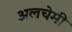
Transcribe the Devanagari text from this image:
अलचेमी